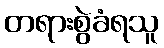
တရားစွဲခံရသူ